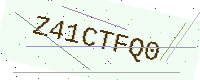
Text: Z41CTFQ0